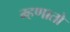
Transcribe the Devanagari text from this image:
म्हणातो